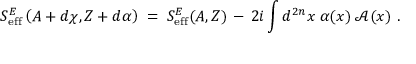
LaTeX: S _ { \mathrm { e f f } } ^ { E } \left( A + d \chi , Z + d \alpha \right) \; = \; S _ { \mathrm { e f f } } ^ { E } ( A , Z ) \, - \, 2 i \int d ^ { 2 n } x \; \alpha ( x ) \; { \mathcal A } ( x ) ~ .